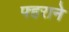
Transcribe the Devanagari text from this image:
फ्हराने